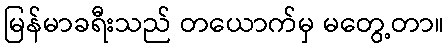
မြန်မာခရီးသည် တယောက်မှ မတွေ့တာ။